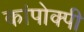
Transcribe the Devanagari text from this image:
कांपोक्पी